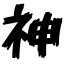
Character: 神